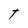
Character: t